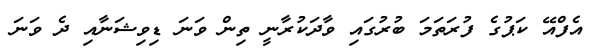
އެފްއޭ ކަޕުގެ ފުރަތަމަ ބުރުގައި ވާދަކުރާނީ ތިން ވަނަ ޑިވިޝަނާއި ދެ ވަނަ